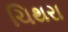
ચિથરા